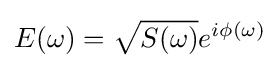
E(\omega )={\sqrt {S(\omega )}}e^{i\phi (\omega )}